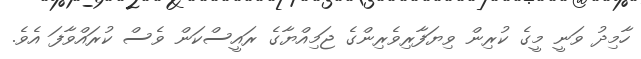
ހާމިދު ވަނީ މީގެ ކުރިން ވިޔަފާރިވެރިންގެ ޖަމިއްޔާގެ ރައީސްކަން ވެސް ކުރައްވާފަ އެވެ.